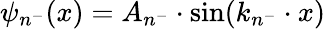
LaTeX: \psi_{n^{-}}(x)=A_{n^{-}}\cdot\mathrm{sin}(k_{n^{-}}\cdot x)